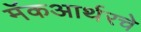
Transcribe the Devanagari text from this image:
मॅकआर्थरचे